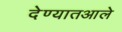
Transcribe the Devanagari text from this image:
देण्यातआले